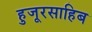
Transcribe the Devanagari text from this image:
हुजूरसाहिब